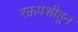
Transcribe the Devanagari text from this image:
रक्तपेशीहून